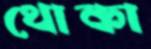
থোকা